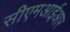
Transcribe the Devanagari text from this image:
सीएमआईआर